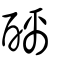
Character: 醨